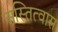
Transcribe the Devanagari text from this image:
अस्तित्वास